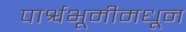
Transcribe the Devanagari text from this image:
पार्श्वभूमीमधून